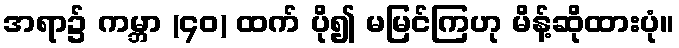
အရာ၌ ကမ္ဘာ (၄၀) ထက် ပို၍ မမြင်ကြဟု မိန့်ဆိုထားပုံ။